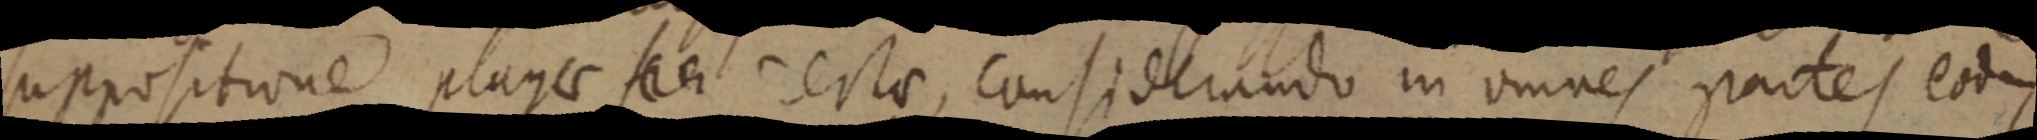
suppositione plagae ser certae, considerando in omnes partes eodem